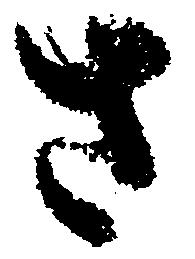
さ